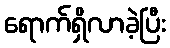
ရောက်ရှိလာခဲ့ပြီး